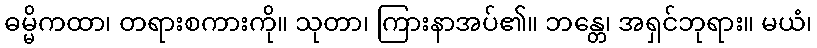
ဓမ္မိကထာ၊ တရားစကားကို။ သုတာ၊ ကြားနာအပ်၏။ ဘန္တေ၊ အရှင်ဘုရား။ မယံ၊